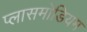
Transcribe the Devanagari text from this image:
प्लासमोडियम